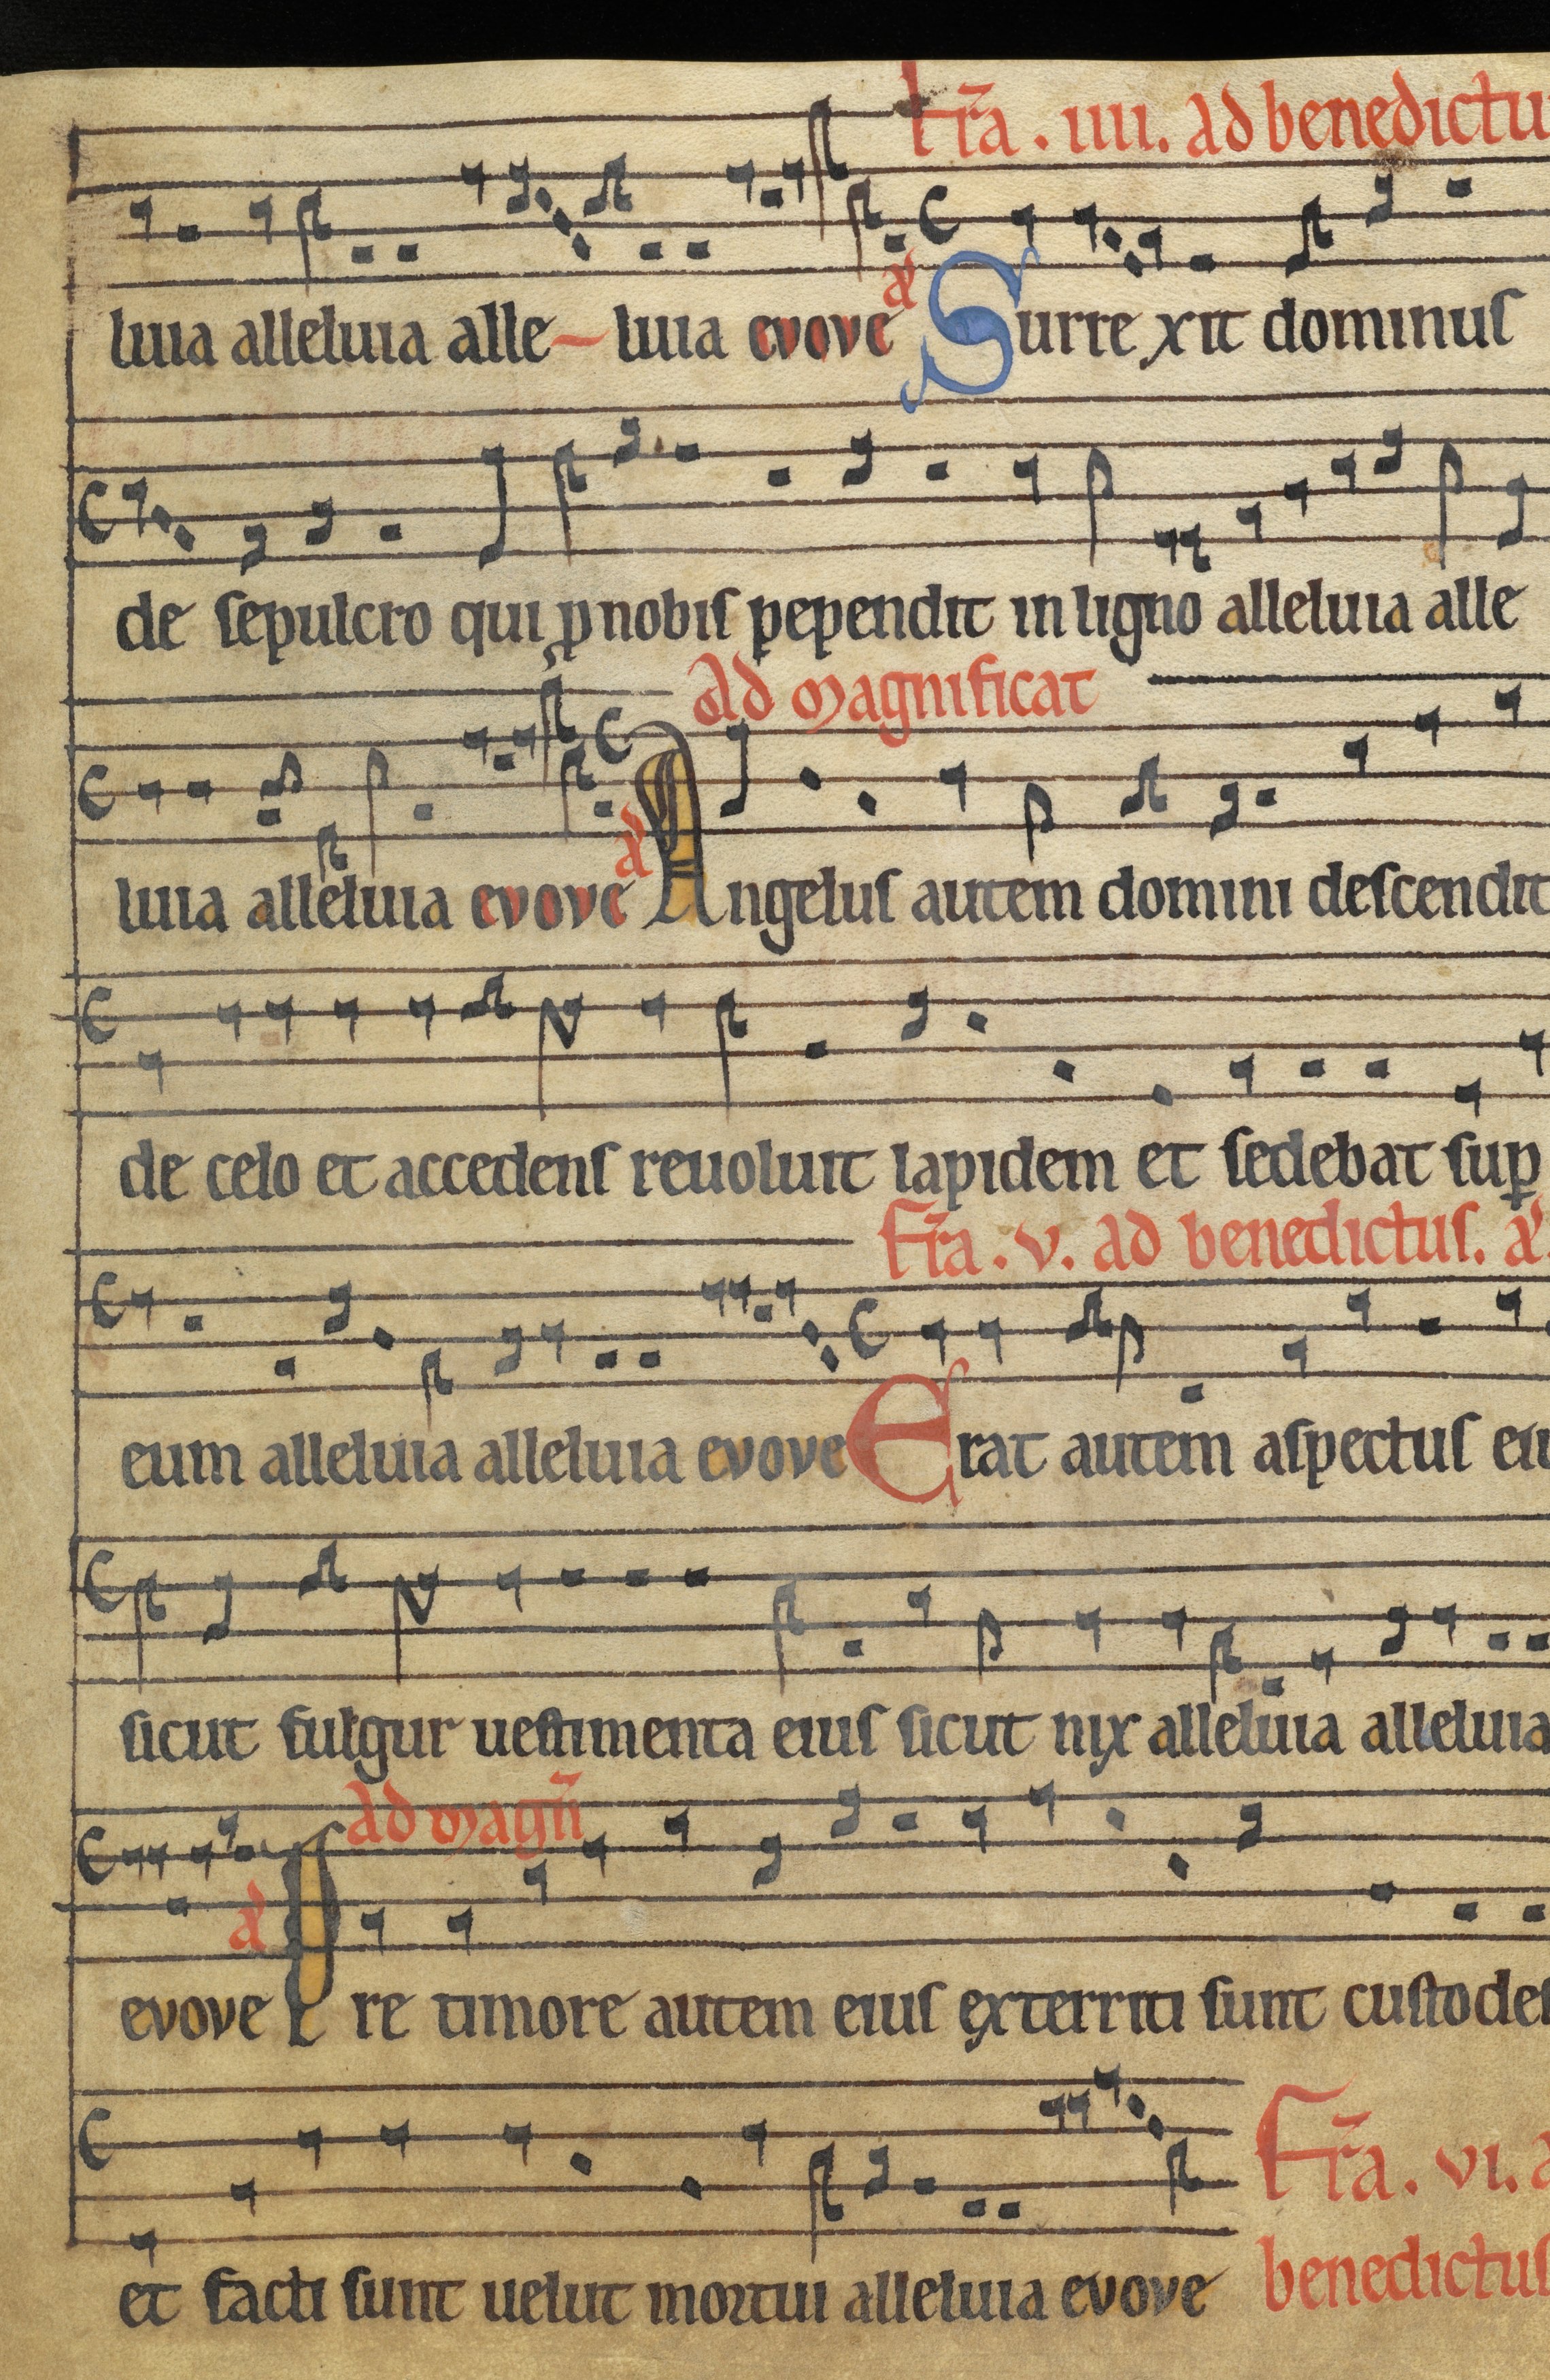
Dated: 1185–1215